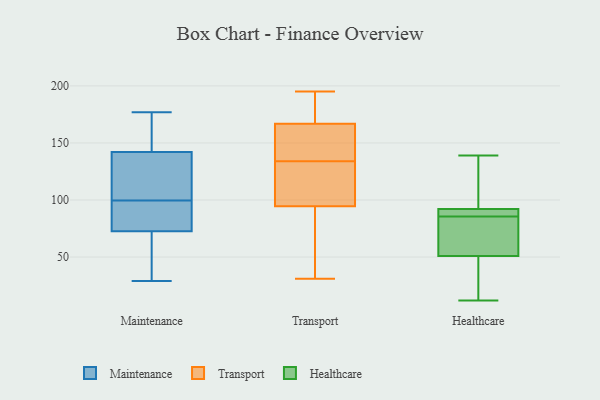
{"axis": {"x": "Latency (ms)", "y": "Value"}, "legend": ["Healthcare", "Maintenance", "Transport"], "data": [{"x": "", "y": 92, "type": "Maintenance"}, {"x": "", "y": 63, "type": "Maintenance"}, {"x": "", "y": 71, "type": "Maintenance"}, {"x": "", "y": 129, "type": "Maintenance"}, {"x": "", "y": 100, "type": "Maintenance"}, {"x": "", "y": 134, "type": "Maintenance"}, {"x": "", "y": 74, "type": "Maintenance"}, {"x": "", "y": 137, "type": "Maintenance"}, {"x": "", "y": 177, "type": "Maintenance"}, {"x": "", "y": 171, "type": "Maintenance"}, {"x": "", "y": 94, "type": "Maintenance"}, {"x": "", "y": 168, "type": "Maintenance"}, {"x": "", "y": 29, "type": "Maintenance"}, {"x": "", "y": 140, "type": "Maintenance"}, {"x": "", "y": 83, "type": "Maintenance"}, {"x": "", "y": 99, "type": "Maintenance"}, {"x": "", "y": 148, "type": "Maintenance"}, {"x": "", "y": 144, "type": "Maintenance"}, {"x": "", "y": 57, "type": "Maintenance"}, {"x": "", "y": 71, "type": "Maintenance"}, {"x": "", "y": 191, "type": "Transport"}, {"x": "", "y": 92, "type": "Transport"}, {"x": "", "y": 195, "type": "Transport"}, {"x": "", "y": 90, "type": "Transport"}, {"x": "", "y": 156, "type": "Transport"}, {"x": "", "y": 167, "type": "Transport"}, {"x": "", "y": 134, "type": "Transport"}, {"x": "", "y": 166, "type": "Transport"}, {"x": "", "y": 103, "type": "Transport"}, {"x": "", "y": 31, "type": "Transport"}, {"x": "", "y": 102, "type": "Transport"}, {"x": "", "y": 132, "type": "Healthcare"}, {"x": "", "y": 92, "type": "Healthcare"}, {"x": "", "y": 110, "type": "Healthcare"}, {"x": "", "y": 92, "type": "Healthcare"}, {"x": "", "y": 86, "type": "Healthcare"}, {"x": "", "y": 79, "type": "Healthcare"}, {"x": "", "y": 139, "type": "Healthcare"}, {"x": "", "y": 86, "type": "Healthcare"}, {"x": "", "y": 84, "type": "Healthcare"}, {"x": "", "y": 85, "type": "Healthcare"}, {"x": "", "y": 51, "type": "Healthcare"}, {"x": "", "y": 36, "type": "Healthcare"}, {"x": "", "y": 12, "type": "Healthcare"}, {"x": "", "y": 50, "type": "Healthcare"}]}